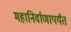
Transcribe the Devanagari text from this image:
महानिर्वाणापर्यंत